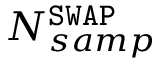
N _ { s a m p } ^ { \mathtt { S W A P } }